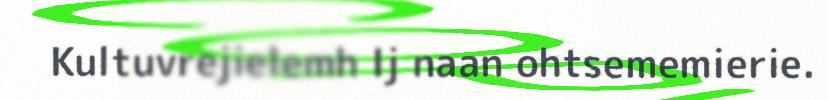
Kultuvrejielemh Ij naan ohtsememierie.